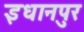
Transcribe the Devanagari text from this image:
इधानपुर